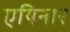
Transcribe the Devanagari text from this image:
एयिनार